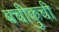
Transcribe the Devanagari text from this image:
बचीकुची